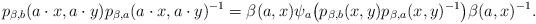
LaTeX: \begin{align*} p_{\beta,b}(a\cdot x,a\cdot y)p_{\beta,a}(a\cdot x,a\cdot y)^{-1}=\beta(a,x)\psi_a\big(p_{\beta,b}(x,y)p_{\beta,a}(x,y)^{-1}\big)\beta(a,x)^{-1}.\end{align*}